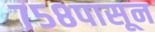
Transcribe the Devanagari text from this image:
७५८पासून